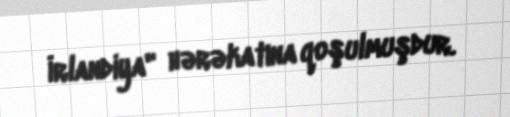
İrlandiya" hərəkatına qoşulmuşdur.